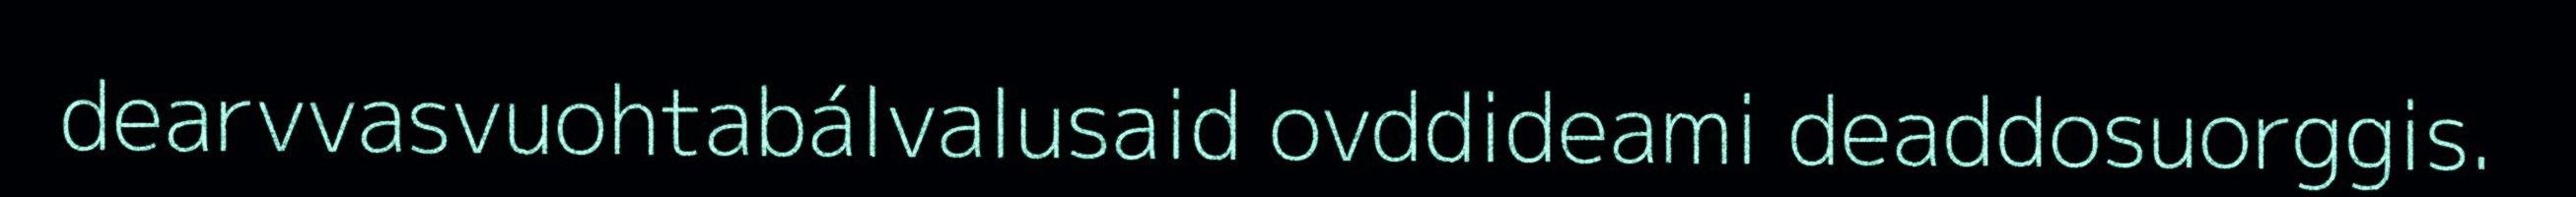
dearvvasvuohtabálvalusaid ovddideami deaddosuorggis.